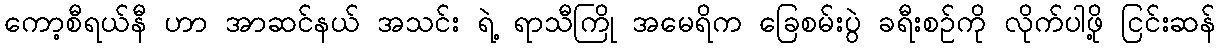
ကော့စီရယ်နီ ဟာ အာဆင်နယ် အသင်း ရဲ့ ရာသီကြို အမေရိက ခြေစမ်းပွဲ ခရီးစဉ်ကို လိုက်ပါဖို့ ငြင်းဆန်